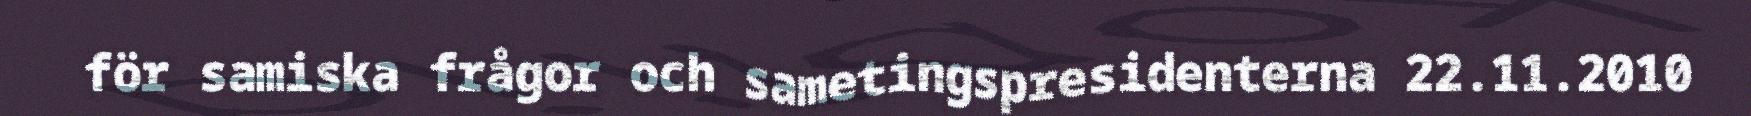
för samiska frågor och sametingspresidenterna 22.11.2010